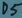
Text: D5